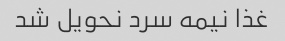
غذا نیمه سرد نحویل شد